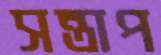
সন্তাপ